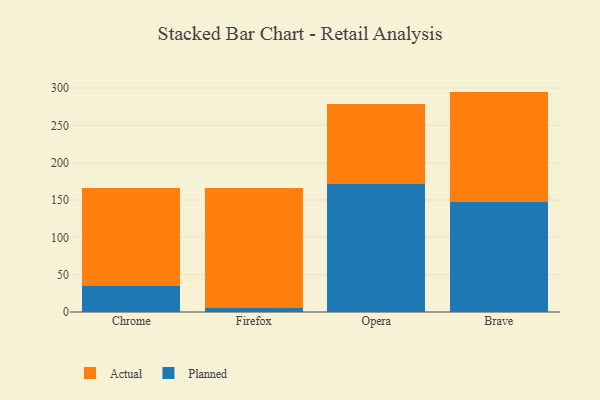
{"axis": {"x": "Browser", "y": "Population (Million)"}, "legend": ["Actual", "Planned"], "data": [{"x": "Chrome", "y": 34.5, "type": "Planned"}, {"x": "Chrome", "y": 131.1, "type": "Actual"}, {"x": "Firefox", "y": 5.4, "type": "Planned"}, {"x": "Firefox", "y": 160.9, "type": "Actual"}, {"x": "Opera", "y": 171.9, "type": "Planned"}, {"x": "Opera", "y": 107.0, "type": "Actual"}, {"x": "Brave", "y": 147.7, "type": "Planned"}, {"x": "Brave", "y": 147.5, "type": "Actual"}]}